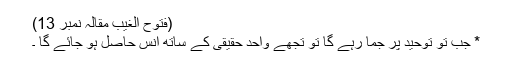
(فتوح الغیب مقالہ نمبر 13)
* جب تو توحید پر جما رہے گا تو تجھے واحد حقیقی کے ساتھ انس حاصل ہو جائے گا ۔